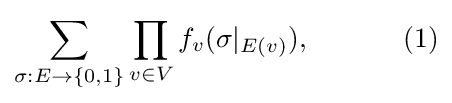
\sum _{\sigma :E\to \{0,1\}}\prod _{v\in V}f_{v}(\sigma |_{E(v)}),~~~~~~~~~~(1)